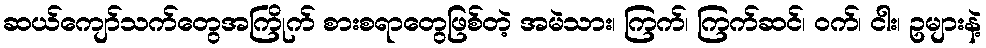
ဆယ်ကျော်သက်တွေအကြိုက် စားစရာတွေဖြစ်တဲ့ အမဲသား၊ ကြက်၊ ကြက်ဆင်၊ ဝက်၊ ငါး၊ ဥများနဲ့